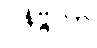
ဝနိဗ္ဗကာ